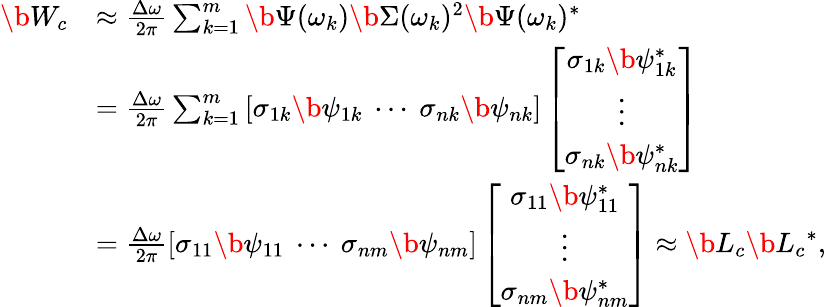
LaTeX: \begin{array}{rl}{\b{W_{c}}}&{\approx\frac{\Delta\omega}{2\pi}\sum_{k=1}^{m}\b{\Psi}(\omega_{k})\b{\Sigma}(\omega_{k})^{2}\b{\Psi}(\omega_{k})^{*}}\\ &{=\frac{\Delta\omega}{2\pi}\sum_{k=1}^{m}\left[\sigma_{1k}\b{\psi}_{1k}\ \cdots\ \sigma_{nk}\b{\psi}_{nk}\right]\left[\begin{array}{c}{\sigma_{1k}\b{\psi}_{1k}^{*}}\\ {\vdots}\\ {\sigma_{nk}\b{\psi}_{nk}^{*}}\end{array}\right]}\\ &{=\frac{\Delta\omega}{2\pi}\left[\sigma_{11}\b{\psi}_{11}\ \cdots\ \sigma_{nm}\b{\psi}_{nm}\right]\left[\begin{array}{c}{\sigma_{11}\b{\psi}_{11}^{*}}\\ {\vdots}\\ {\sigma_{nm}\b{\psi}_{nm}^{*}}\end{array}\right]\approx\b{L_{c}}\b{L_{c}}^{*},}\end{array}